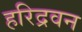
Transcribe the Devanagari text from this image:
हरिद्रवन